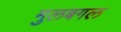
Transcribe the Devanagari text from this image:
मुलबगल